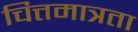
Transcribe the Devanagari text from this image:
चित्तमात्रता